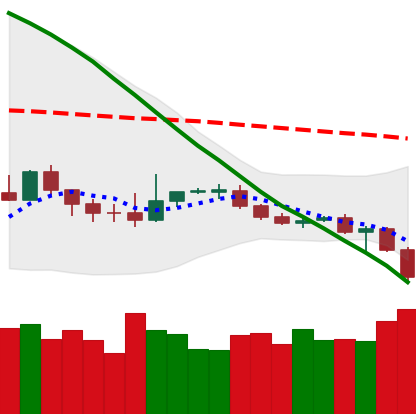
Ticker: BTC-USD
Chart end date: 2019-12-17
Forward return: 13.118%
Label: up_7plus